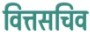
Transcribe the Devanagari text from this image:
वित्तसचिव